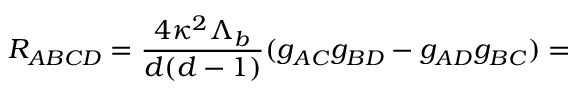
R _ { A B C D } = \frac { 4 \kappa ^ { 2 } \Lambda _ { b } } { d ( d - 1 ) } ( g _ { A C } g _ { B D } - g _ { A D } g _ { B C } ) =